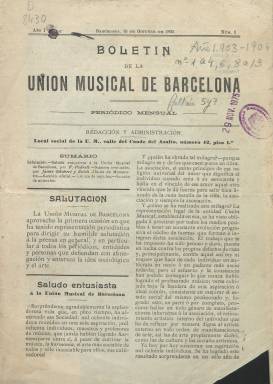
Título: Boletín de la Unión Musical de Barcelona
Colección: Música
Ámbito geográfico: Barcelona
Lugar de publicación: Barcelona
Fechas: 15/10/1903-15/12/1904

“Periódico mensual” –señala su subtítulo– que publica, desde el 15 de octubre de 1903 al 15 de diciembre de 1904, un total de trece entregas, entre ocho y las dieciséis páginas, compuestas a dos columnas, como portavoz de la Unión Musical de Barcelona, en la que se agrupaban más de un millar de músicos, entre maestros, profesores e instrumentistas, y que tenía su sede social en la calle del Conde del Asalto, de la capital catalana. El primer artículo está firmado por el violinista Jaume Gilabert y Ruich, en nombre de la Junta Directiva, que llegará a ser secretario de esta asociación de carácter profesional y de ayuda mutua.

Tiene una Sección oficial, en la que se da cuenta de la creación y recaudación de un fondo de auxilios para los asociados, información de sus juntas generales o de otras actividades asociativas o profesionales, como era un ciclo de conferencias. Otra de noticias sobre la vida musical barcelonesa, en otras provincias y en el extranjero, como actividades teatrales y de los músicos, conciertos, necrológicas o semblanzas, así como bibliografía y hemerografía musical, contando con algunas corresponsalías. Otros textos son artículos de divulgación del arte musical.

También publica la sección Páginas escogidas, con los títulos El bailarín y el músico, de Herbert Spencer; El arte y los artistas, de Juan Grave; El arte, por Francisco Pí y Margall, o Wagner, por Marcelino Menéndez Pelayo. Otra de sus secciones se denomina Bibliofilia, y también publica algunas composiciones poéticas. Sus últimas planas están dedicadas a anuncios comerciales de establecimientos de instrumentos o de editoriales musicales, entre otros.

Entre las firmas de sus textos aparecen los nombres del citado Jaume Gilabert, de los compositores y musicólogos Felipe Pedrell (1841-1922) y Enrique Granados (1867-1916), así como de José Soler Basora, Francesc de A. Montserrat i Ayarbe, José Soldevilla Canela, A. Miró Bachs, S. Bofarrull Rodríguez, Francisco de P. Roca, Antonio Maldonado, Federico Ferrer, Félix Arnau, Emilia Palau y J. Corrons, entre otros.

Publica textos escritos tanto en castellano como en catalán. Aparecía cada 15 de cada mes. Cada entrega comienza con un sumario, y a partir del número 6, de 15 de marzo de 1904, estampa un grabado con un dibujo alegórico de la música en su cabecera. En febrero y abril de 1904 no se publicó, y la entrega 11 corresponde a los meses de agosto, septiembre y octubre de ese año. Referencia de este título en Torres Mulas (1991).